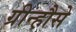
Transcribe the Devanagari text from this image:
ग्रीन्हौसे